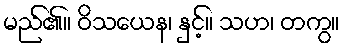
မည်၏။ ဝိသယေန၊ နှင့်။ သဟ၊ တကွ။